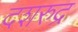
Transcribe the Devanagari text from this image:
दशरुद्र